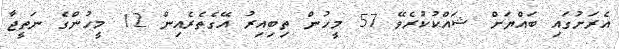
އެރަށުގައި ބައްޔަށް ޝައްކުކުރެވޭ 57 މީހުން ތިބިއިރު އޭގެތެރެއިން 12 މީހުންގެ ނަތީޖާ